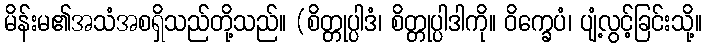
မိန်းမ၏အသံအစရှိသည်တို့သည်။ (စိတ္တုပ္ပါဒံ၊ စိတ္တုပ္ပါဒါကို။ ဝိက္ခေပံ၊ ပျံ့လွင့်ခြင်းသို့။